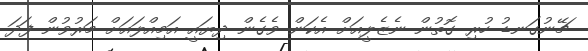
ޗޭނުގަނޑު ހުރި ގޮތުން ނެޒެލީއަށް އެކަން ވެގެން ދިޔައީ އަމިއްލައަށް މަރުވުން ފަދަ